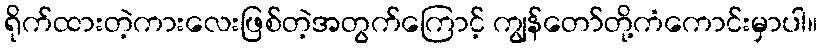
ရိုက်ထားတဲ့ကားလေးဖြစ်တဲ့အတွက်ကြောင့် ကျွန်တော်တို့ကံကောင်းမှာပါ။